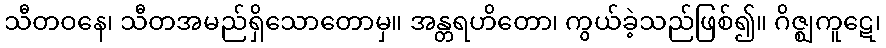
သီတဝနေ၊ သီတအမည်ရှိသောတောမှ။ အန္တရဟိတော၊ ကွယ်ခဲ့သည်ဖြစ်၍။ ဂိဇ္ဈကူဋေ၊